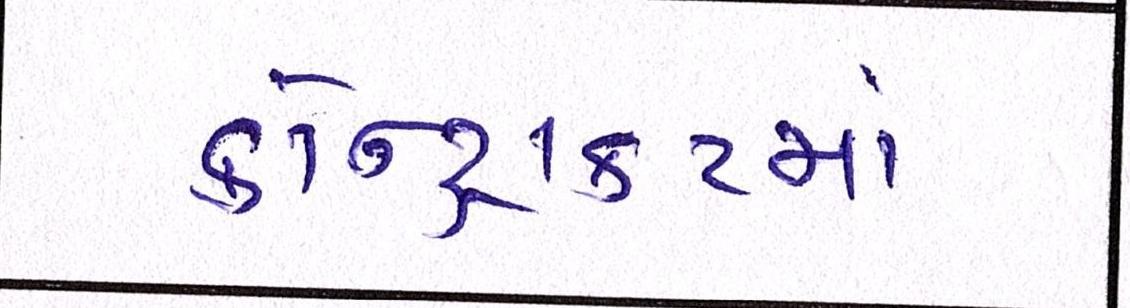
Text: કોન્ટ્રાકટમાં